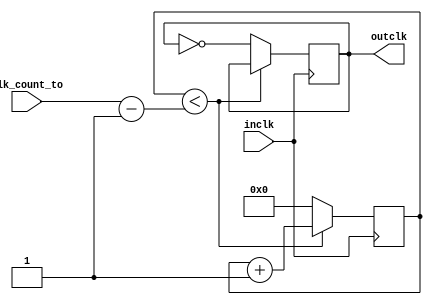
module my_clock_divider (inclk,outclk,clk_count_to);
	input inclk;
	input [31:0] clk_count_to;
	output reg outclk=0;
	reg [31:0] count;
	
//checks for every posedge of inclk
	
always @(posedge inclk) begin
	if(count<(clk_count_to-1))  //if the counter variable is less than what it shoudl count too, count is added by 1
	count = count+1;
	else begin  //else if count is greater or equal to count to
	outclk=!outclk;  //outclk is changed to the opposide, so if 1 it is 0 and if 0 its is 1
	count =0;   //also count is set to 0
	end
end
endmodule